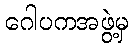
ဂေါပကအဖွဲ့မှ